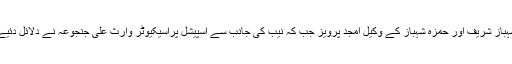
شہباز شریف اور حمزہ شہباز کے وکیل امجد پرویز جب کہ نیب کی جانب سے اسپیشل پراسیکیوٹر وارث علی جنجوعہ نے دلائل دئیے۔